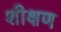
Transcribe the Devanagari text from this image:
शीक्षण